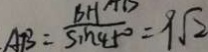
A B = \frac { B H } { \sin 4 5 ^ { \circ } } = 9 \sqrt { 2 }